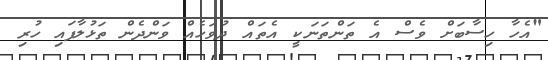
"އެހާ ހިސާބަށް ވެސް އެ ތަންތަނަކީ އެތައް ދުވަހެއް ވަންދެން ތަޅުލާފައި ހުރި